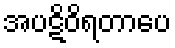
အပဋိဝိရတာပေ